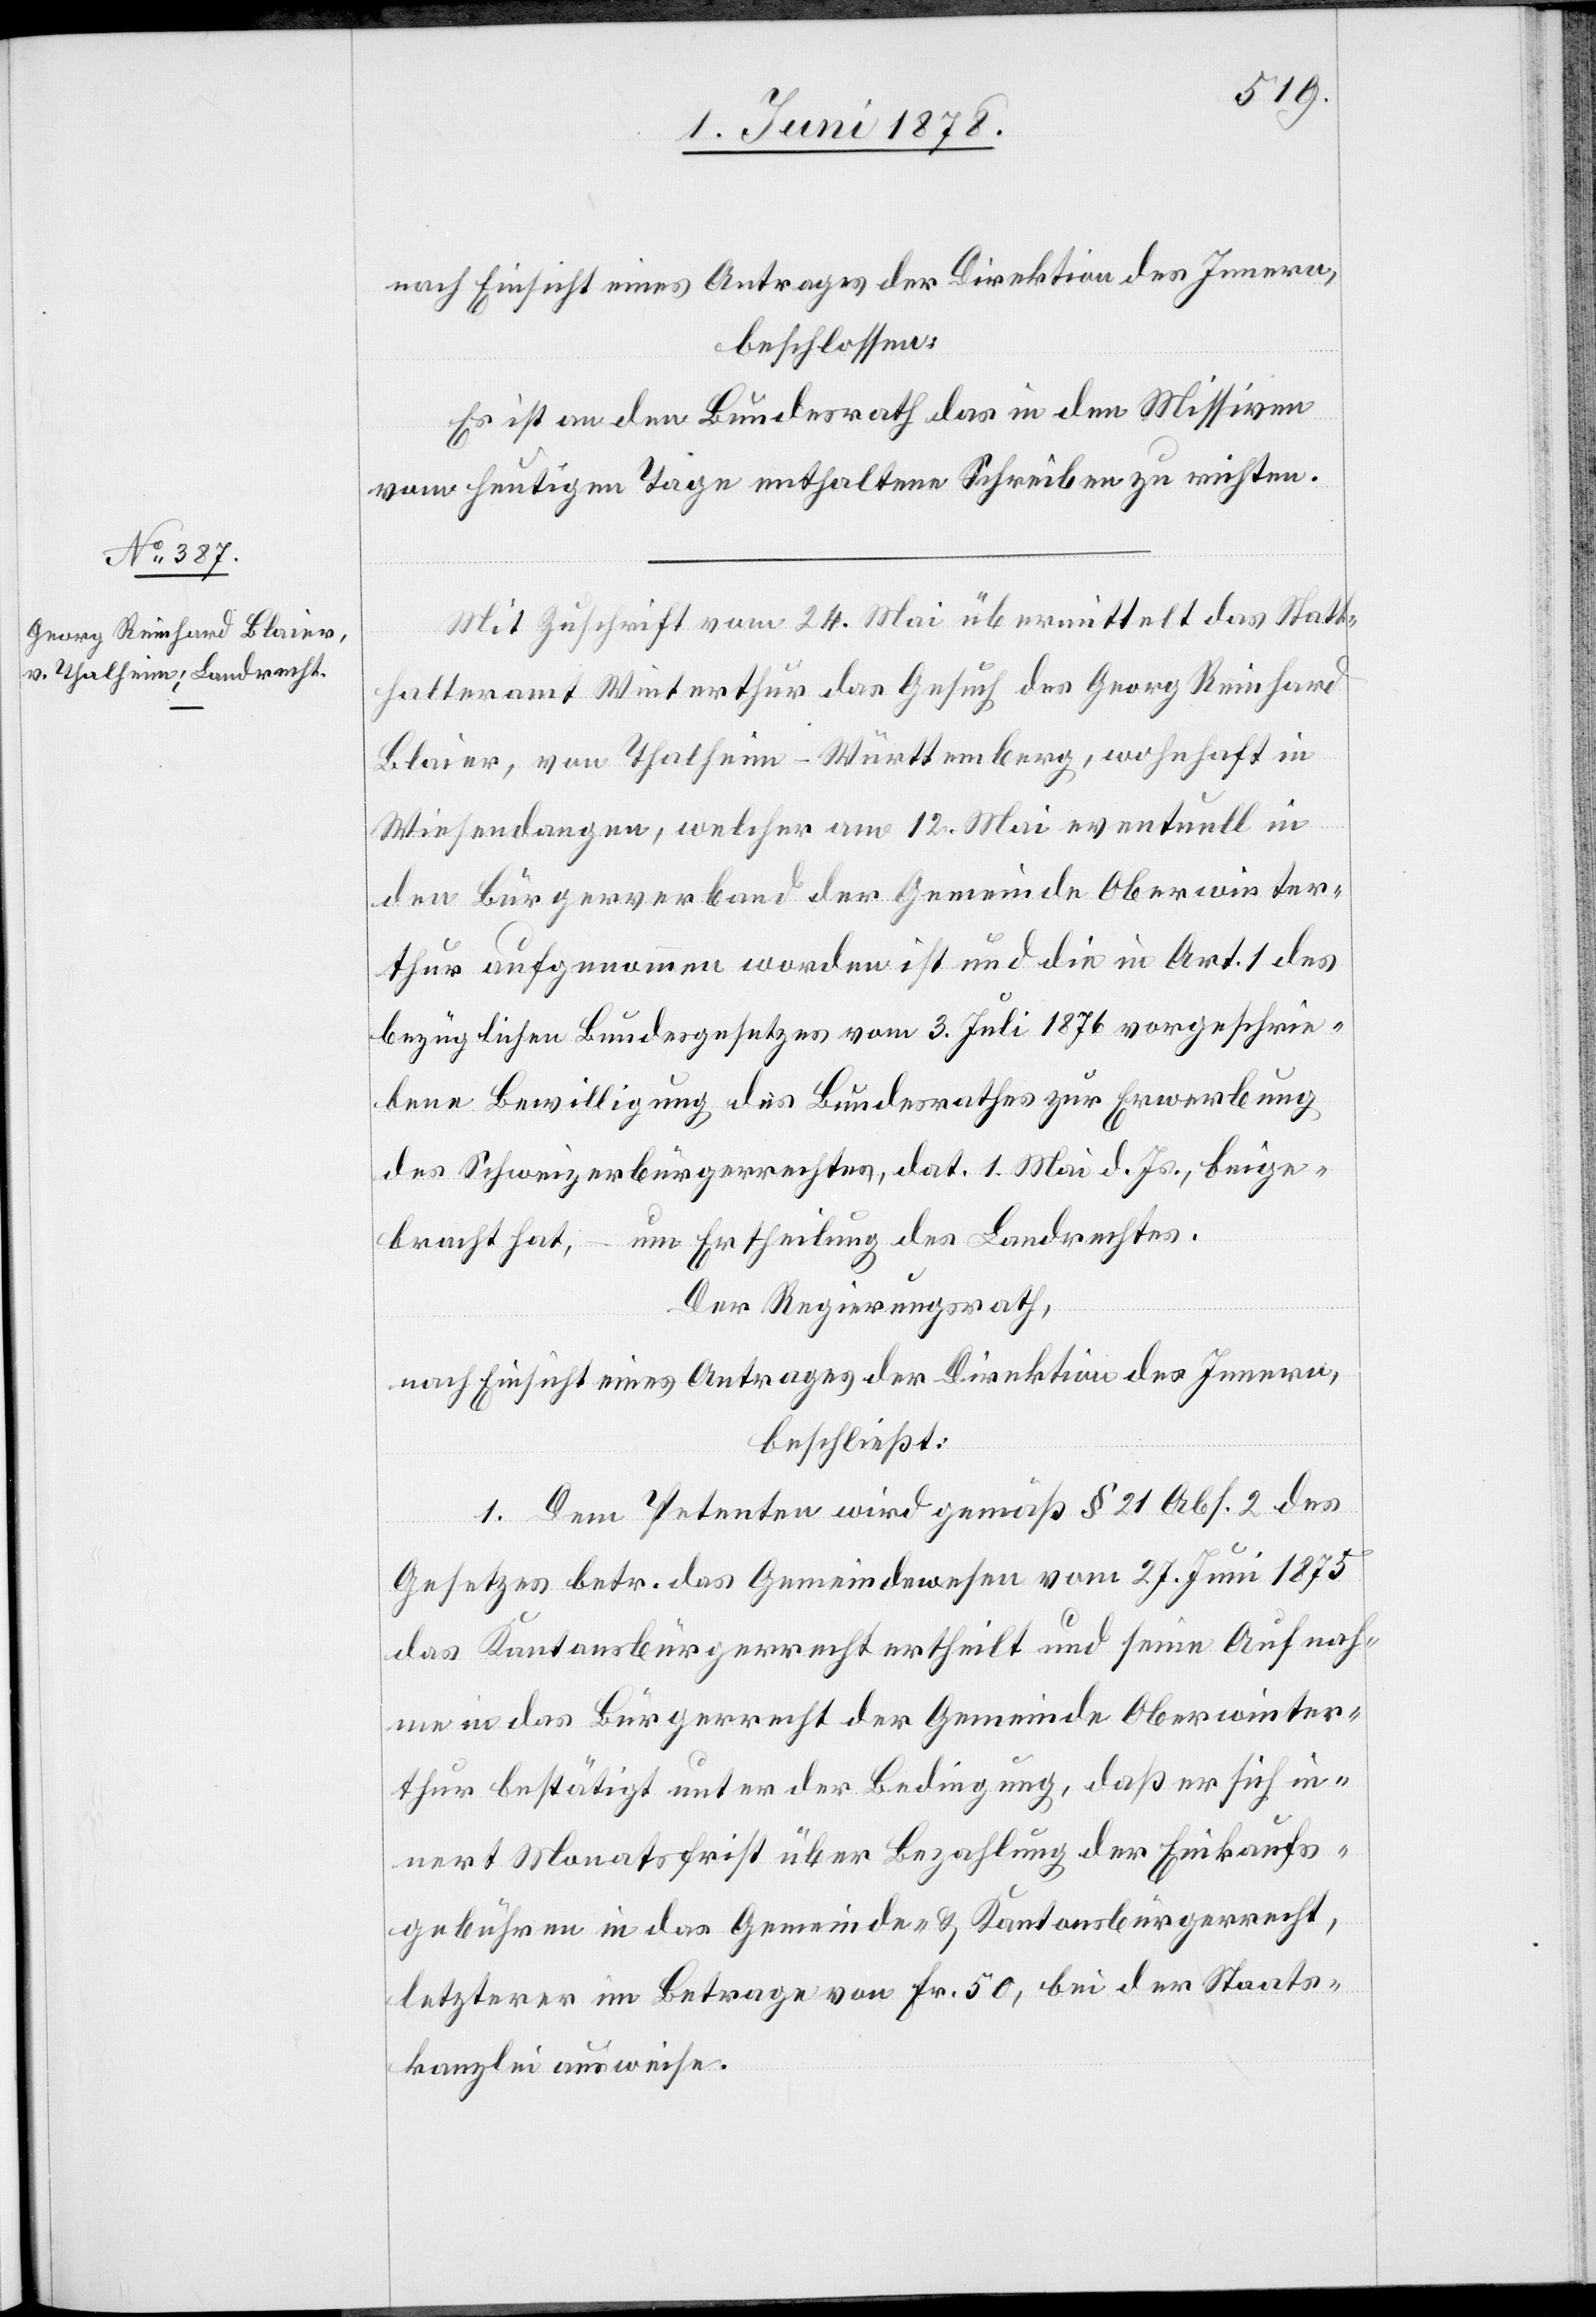
nach Einsicht eines Antrages der Direktion des Innern,
beschlossen:
Es ist an den Bundesrath das in den Missiven
vom heutigen Tage enthaltene Schreiben zu richten.
Mit Zuschrift vom 24. Mai übermittelt das Statt¬
halteramt Winterthur das Gesuch des Georg Reinhard
Blaier, von Thalheim - Württemberg, wohnhaft in
Wiesendangen, welcher am 12. Mai eventuell in
den Bürgerverband der Gemeinde Oberwinter¬
thur aufgenommen worden ist und die in Art. 1 des
bezüglichen Bundesgesetzes vom 3. Juli 1876 vorgeschrie¬
bene Bewilligung des Bundesrathes zur Erwerbung
des Schweizerbürgerrechtes, dat. 1. Mai d. Js., beige¬
bracht hat, – um Ertheilung des Landrechtes.
Der Regierungsrath,
nach Einsicht eines Antrages der Direktion des Innern,
beschließt:
1. Dem Petenten wird gemäß § 21 Abs. 2 des
Gesetzes betr. das Gemeindewesen vom 27. Juni 1875
das Kantonsbürgerrecht ertheilt und seine Aufnah¬
me in das Bürgerecht der Gemeinde Oberwinter¬
thur bestätigt unter der Bedingung, daß er sich in¬
nert Monatsfrist über Bezahlung der Einkaufs¬
gebühren in das Gemeinde- & Kantonsbürgerrecht,
letzterer im Betrage von Fr. 50, bei der Staats¬
kanzlei ausweise.